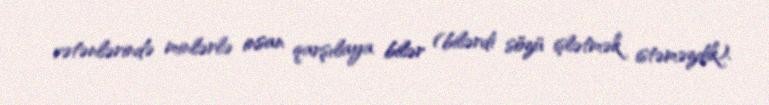
vətənlərində minlərlə insan qarşılaya bilər (bilərdi sözü işlətmək istəməzdik).